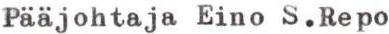
Pääjohtaja Eino S.Repo